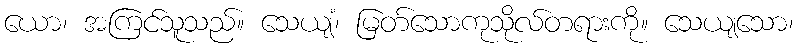
ယော၊ အကြင်သူသည်။ သေယျံ၊ မြတ်သောကုသိုလ်တရားကို။ သေယျသော၊